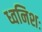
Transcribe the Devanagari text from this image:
ध्वनिशः